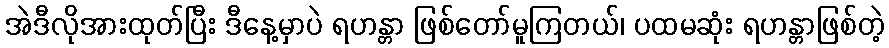
အဲဒီလိုအားထုတ်ပြီး ဒီနေ့မှာပဲ ရဟန္တာ ဖြစ်တော်မူကြတယ်၊ ပထမဆုံး ရဟန္တာဖြစ်တဲ့